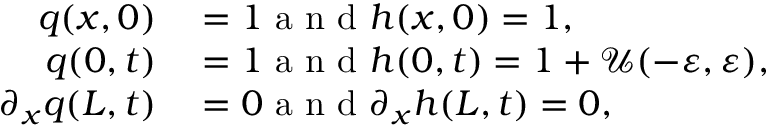
\begin{array} { r l } { q ( x , 0 ) } & { { } = 1 \mathrm { ~ a ~ n ~ d ~ } h ( x , 0 ) = 1 , } \\ { q ( 0 , t ) } & { { } = 1 \mathrm { ~ a ~ n ~ d ~ } h ( 0 , t ) = 1 + \mathcal { U } ( - \varepsilon , \varepsilon ) , } \\ { \partial _ { x } q ( L , t ) } & { { } = 0 \mathrm { ~ a ~ n ~ d ~ } \partial _ { x } h ( L , t ) = 0 , } \end{array}